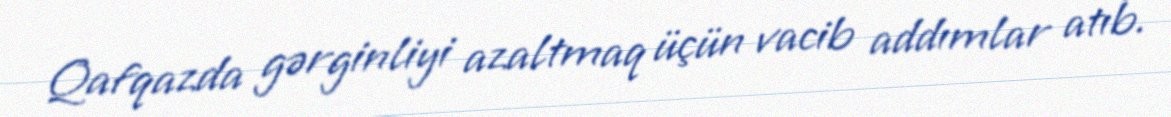
Qafqazda gərginliyi azaltmaq üçün vacib addımlar atıb.